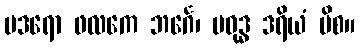
ပဒရော ဖလကေ ဘင်္ဂေ၊ ပဝုဒ္ဓ ဒရိယံ ပိစ။